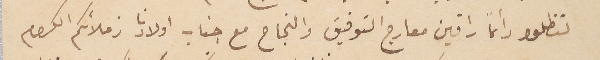
لتظلوا دائمًا راقين معارج التوفيق والنجاح مع جناب اولادنا زملائكم الكرام